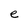
Character: e